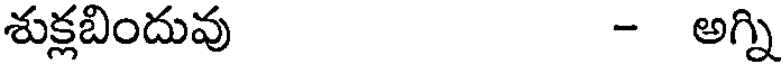
శుక్లబిందువు - అగ్ని